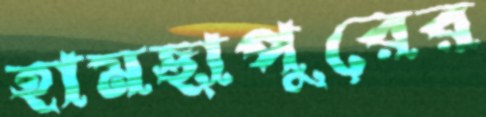
হামছাপুরের